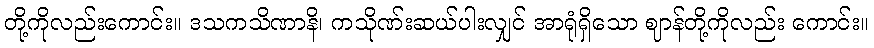
တို့ကိုလည်းကောင်း။ ဒသကသိဏာနိ၊ ကသိုဏ်းဆယ်ပါးလျှင် အာရုံရှိသော ဈာန်တို့ကိုလည်း ကောင်း။